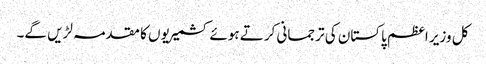
کل وزیر اعظم پاکستان کی ترجمانی کرتے ہوئے کشمیریوں کا مقدمہ لڑیں گے۔